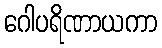
ဂေါပရိဏာယကာ